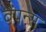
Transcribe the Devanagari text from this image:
वैपन्स